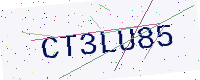
Text: CT3LU85